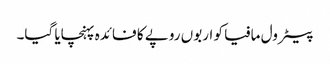
پیٹرول مافیا کو اربوں روپے کا فائدہ پہنچایا گیا۔